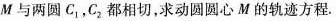
M与两圆C1，C2都相切，求动圆圆心M的轨迹方程。